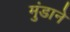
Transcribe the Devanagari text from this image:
मुंडाने